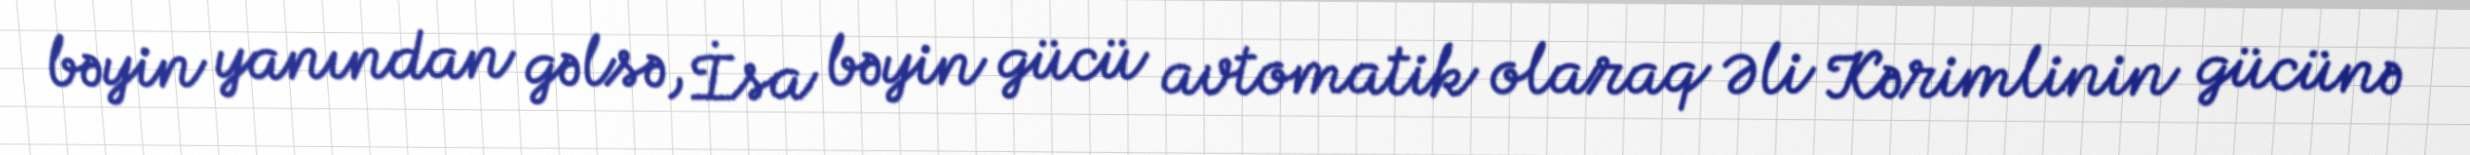
bəyin yanından gəlsə, İsa bəyin gücü avtomatik olaraq Əli Kərimlinin gücünə